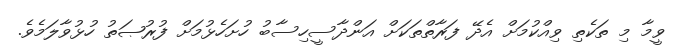
ވީމާ މި ތަކެތި ވިއްކުމަށް އެދޭ ފަރާތްތަކަށް އަންދާސީހިސާބު ހުށަހެޅުމަށް ފުރުޞަތު ހުޅުވާލަމެވެ.